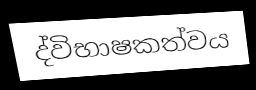
ද්විභාෂකත්වය